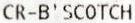
CR-B'SCOTCH